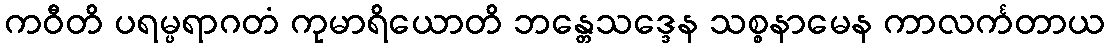
ကဝီတိ ပရမ္ပရာဂတံ ကုမာရိယောတိ ဘန္တေသဒ္ဒေန သစ္စနာမေန ကာလင်္ကတာယ